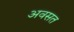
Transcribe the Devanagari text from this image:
अवसत